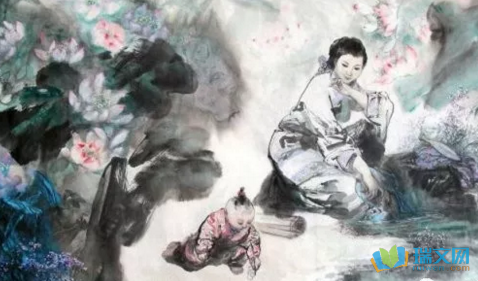
去年五月黄梅雨，曾典袈裟籴米归。